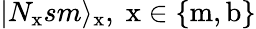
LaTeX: \vert N_{\mathrm{x}}sm\rangle_{\mathrm{x}},\; \mathrm{x}\in\{ \mathrm{m},\mathrm{b}\}